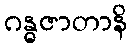
ဂန္ဓဇာတာနိ